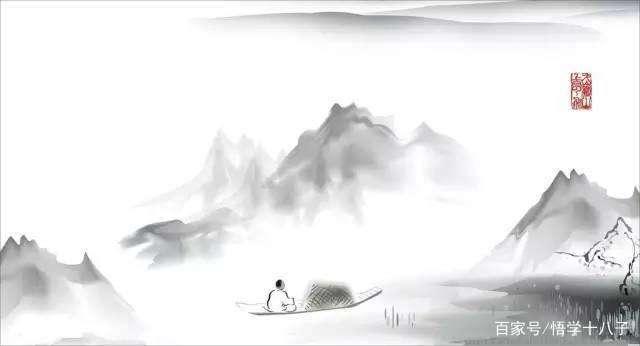
命随年欲尽，身与世俱忘